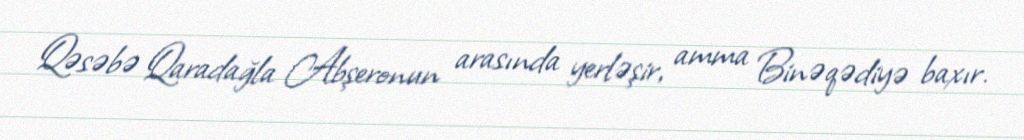
Qəsəbə Qaradağla Abşeronun arasında yerləşir, amma Binəqədiyə baxır.